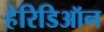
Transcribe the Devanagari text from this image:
हेरिडिऑन